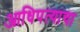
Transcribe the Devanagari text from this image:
आधिपत्याचा